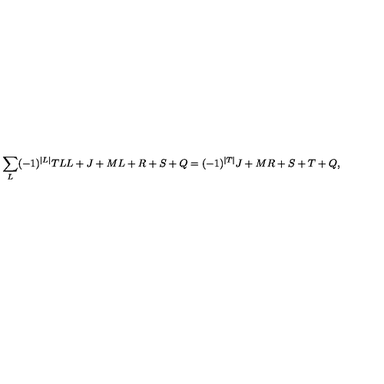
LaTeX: \sum _ { L } ( - 1 ) ^ { \vert L \vert } { \binom { T } { L } } { \binom { L + J + M } { L + R + S + Q } } = ( - 1 ) ^ { \vert T \vert } { \binom { J + M } { R + S + T + Q } } ,